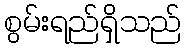
စွမ်းရည်ရှိသည်